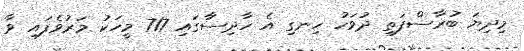
މިދިޔަ ބުރާސްފަތި ދުވަހު ހިނގި އެ ހާދިސާގައި 717 މީހަކު މަރުވެފައި ވާ